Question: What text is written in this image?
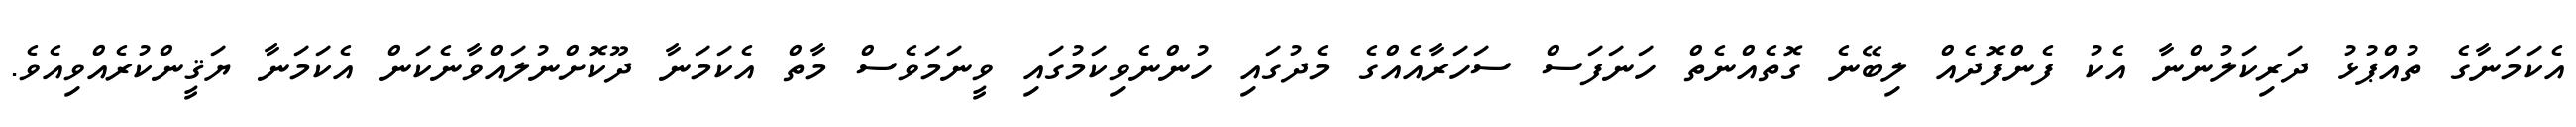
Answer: އެކަމަނާގެ ތުއްޕުޅު ދަރިކަލުންނާ އެކު ފެންފޮދެއް ލިބޭނެ ގޮތެއްނެތް ހަނަފަސް ސަހަރާއެއްގެ މެދުގައި ހުންނެވިކަމުގައި ވީނަމަވެސް މާތް އެކަމަނާ ދޫކޮށްނުލައްވާނެކަން އެކަމަނާ ޔަޤީންކުރެއްވިއެވެ.